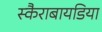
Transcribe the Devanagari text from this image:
स्कैराबायडिया